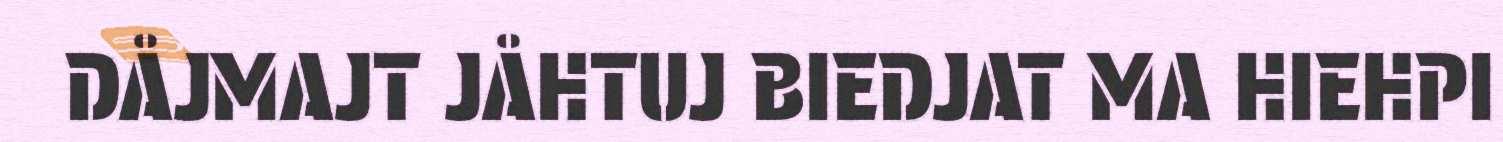
DÅJMAJT JÅHTUJ BIEDJAT MA HIEHPI